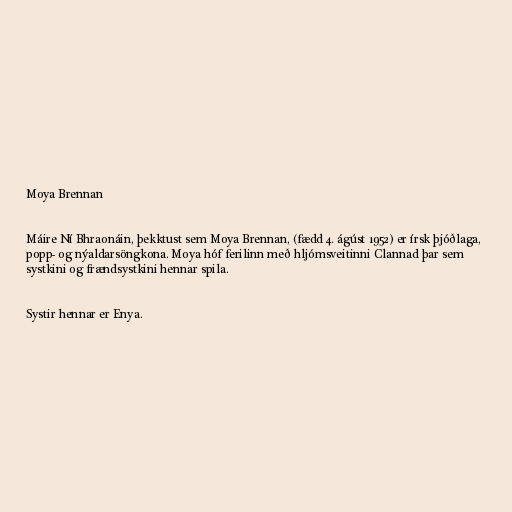
Moya Brennan

Máire Ní Bhraonáin, þekktust sem Moya Brennan, (fædd 4. ágúst 1952) er írsk þjóðlaga,
popp- og nýaldarsöngkona. Moya hóf ferilinn með hljómsveitinni Clannad þar sem
systkini og frændsystkini hennar spila.

Systir hennar er Enya.